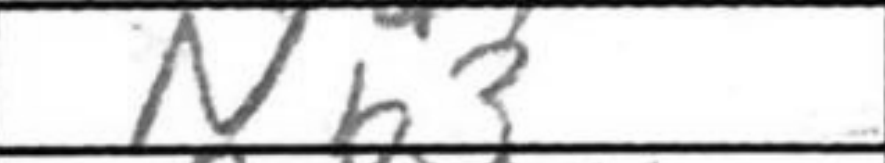
Transcription: Nb3